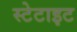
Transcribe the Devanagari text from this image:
स्टेटाइट